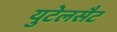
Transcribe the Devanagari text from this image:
युटेलसैट